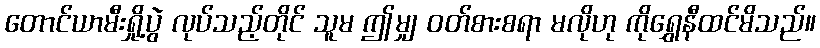
တောင်ယာမီးရှို့ပွဲ လုပ်သည့်တိုင် သူမ ဤမျှ ဝတ်စားစရာ မလိုဟု ကိုရွှေနီထင်မိသည်။